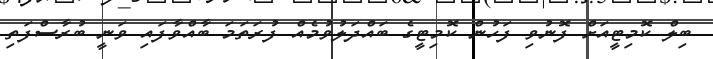
ބިލް ކޮމިޓީއަށް ފޮނުވި ފަހުން ކޮމިޓީގެ ބައްދަލުވުމެއް ފުރަތަމަ ބާއްވާފައި ވަނީ ބުރާސްފަތި